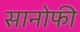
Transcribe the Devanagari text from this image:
सानोफी